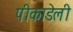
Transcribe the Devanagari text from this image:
पीकाडेली